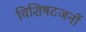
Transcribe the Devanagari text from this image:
विशिषटजनों